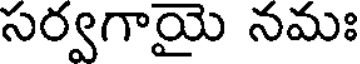
సర్వగాయై నమః